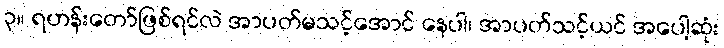
၃။ ရဟန်းတော်ဖြစ်ရင်လဲ အာပတ်မသင့်အောင် နေပါ၊ အာပတ်သင့်ယင် အပေါ့ဆုံး